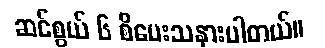
ဆင်စွယ် ၆ စီပေးသနားပါတယ်။